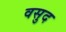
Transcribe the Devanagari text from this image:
वसुद